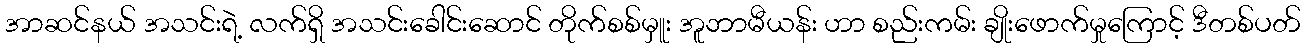
အာဆင်နယ် အသင်းရဲ့ လက်ရှိ အသင်းခေါင်းဆောင် တိုက်စစ်မှူး အူဘာမီယန်း ဟာ စည်းကမ်း ချိုးဖောက်မှုကြောင့် ဒီတစ်ပတ်